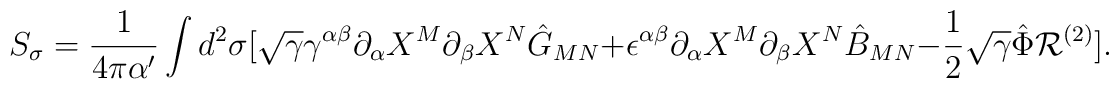
S_{\sigma}={1\over {4\pi\alpha^{\prime}}}\int d^2\sigma [\sqrt{\gamma}\gamma^{\alpha\beta}\partial_{\alpha}X^M \partial_{\beta}X^N\hat{G}_{MN}+{\epsilon}^{\alpha\beta}\partial_{\alpha}X^M \partial_{\beta}X^N\hat{B}_{MN}-{1\over 2}\sqrt{\gamma}\hat{\Phi}{\cal R}^{(2)}].